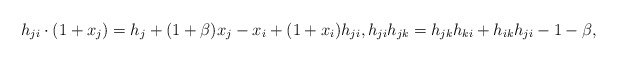
\begin{gather*}h_{ji}\cdot ( 1+x_j) =h_{j}+(1 +\beta) x_j-x_i + (1+x_i) h_{ji}, h_{ji} h_{jk} =h_{jk} h_{ki}+h_{ik} h_{ji} -1- \beta,\end{gather*}